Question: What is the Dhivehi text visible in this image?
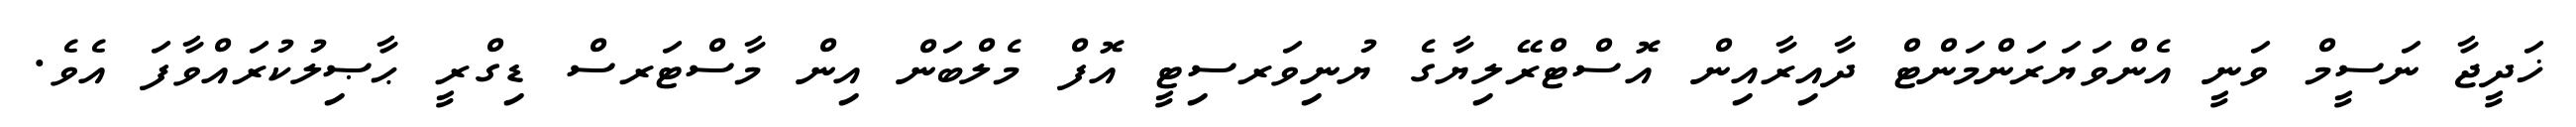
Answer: ޚަދީޖާ ނަސީމް ވަނީ އެންވަޔަރަންމަންޓް ދާއިރާއިން އޮސްޓްރޭލިޔާގެ ޔުނިވަރސިޓީ އޮފް މެލްބަން އިން މާސްޓަރސް ޑިގްރީ ޙާޞިލުކުރައްވާފަ އެވެ.